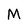
Character: M